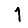
Digit: 1